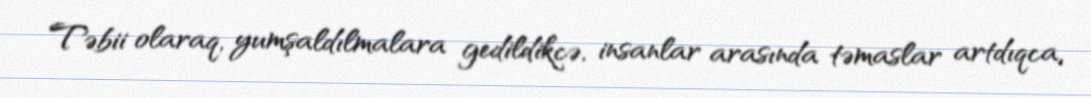
Təbii olaraq, yumşaldılmalara gedildikcə, insanlar arasında təmaslar artdıqca,